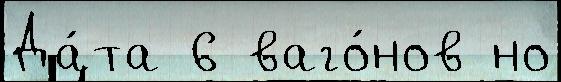
Да́та 6 ваго́нов но